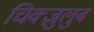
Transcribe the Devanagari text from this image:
चिक्ज़ुलुब